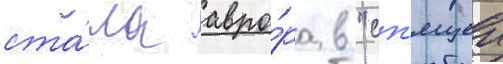
ста́ла авро́ра в "сп'ящеи